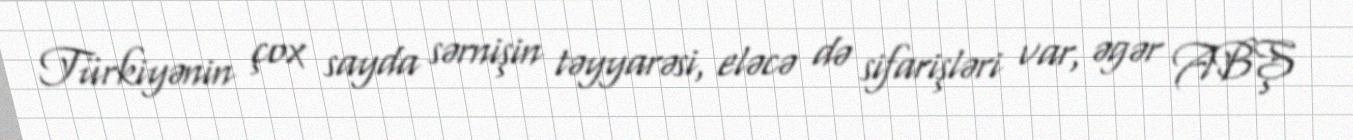
Türkiyənin çox sayda sərnişin təyyarəsi, eləcə də sifarişləri var, əgər ABŞ